Report of the Bombay Plague Committee
Disease focus: Plague
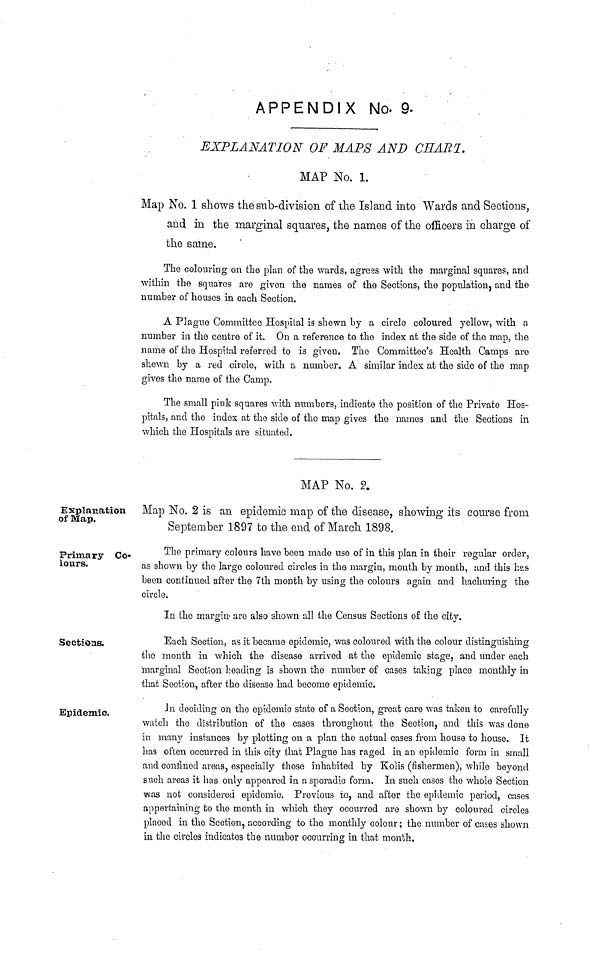
APPENDIX No. 9-
EXPLANATION OF MAPS AND CHARI.
MAP No. 1.
Map No. 1 shows the sub-division of the Island into Wards and Sections,
and in the marginal squares, the names of the officers in charge of
the same.
The colouring on the plan of the wards, agrees with the marginal squares, and
within the squares are given the names of the Sections, the population, and the
number of houses in each Section.
A Plague Committee Hospital is shewn by a circle coloured yellow, with a
number in the centre of it. On a reference to the index at the side of the map, the
name of the Hospital referred to is given. The Committee's Health Camps are
shewn by a red circle, with a number. A similar index at the side of the map
gives the name of the Camp.
The small pink squares with numbers, indicate the position of the Private Hos-
pitals, and the index at the side of the map gives the names and the Sections in
which the Hospitals are situated.
MAP No. P.
Explanation
of Map.
Map No. 2 is an epidemic map of the disease, showing its course from
September 1897 to the end of March 1898.
Primary Co-
lours.
The primary colours have been made use of in this plan in their regular order,
as shown by the large coloured circles in the margin, month by month, and this has
been continued after the 7th month by using the colours again and hachuring the
circle,
In the margin* are also shown all the Census Sections of the city.
Sections.
Each Section, as it became epidemic, was coloured with the colour distinguishing
the month in which the disease arrived at the epidemic stage, and under each
marginal Section heading is shown the number of cases taking place monthly in
that Section, after the disease had become epidemic.
Epidemic.
In deciding on the epidemic state of a Section, great care was taken to carefully
watch the distribution of the cases throughout the Section, and this was done
in many instances by plotting on a plan the actual cases from house to house. It
has often occurred in this city that Plague has raged in an epidemic form in small
and confined areas, especially those inhabited by Kolis (fishermen), while beyond
such areas it has only appeared in a sporadic form. In such cases the whole Section
was not considered epidemic. Previous to, and after the epidemic period, cases
appertaining to the month in which they occurred are shown by coloured circles
placed in the Section, according to the monthly colour; the number of cases shown
in the circles indicates the number occurring in that month.